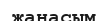
жанасым